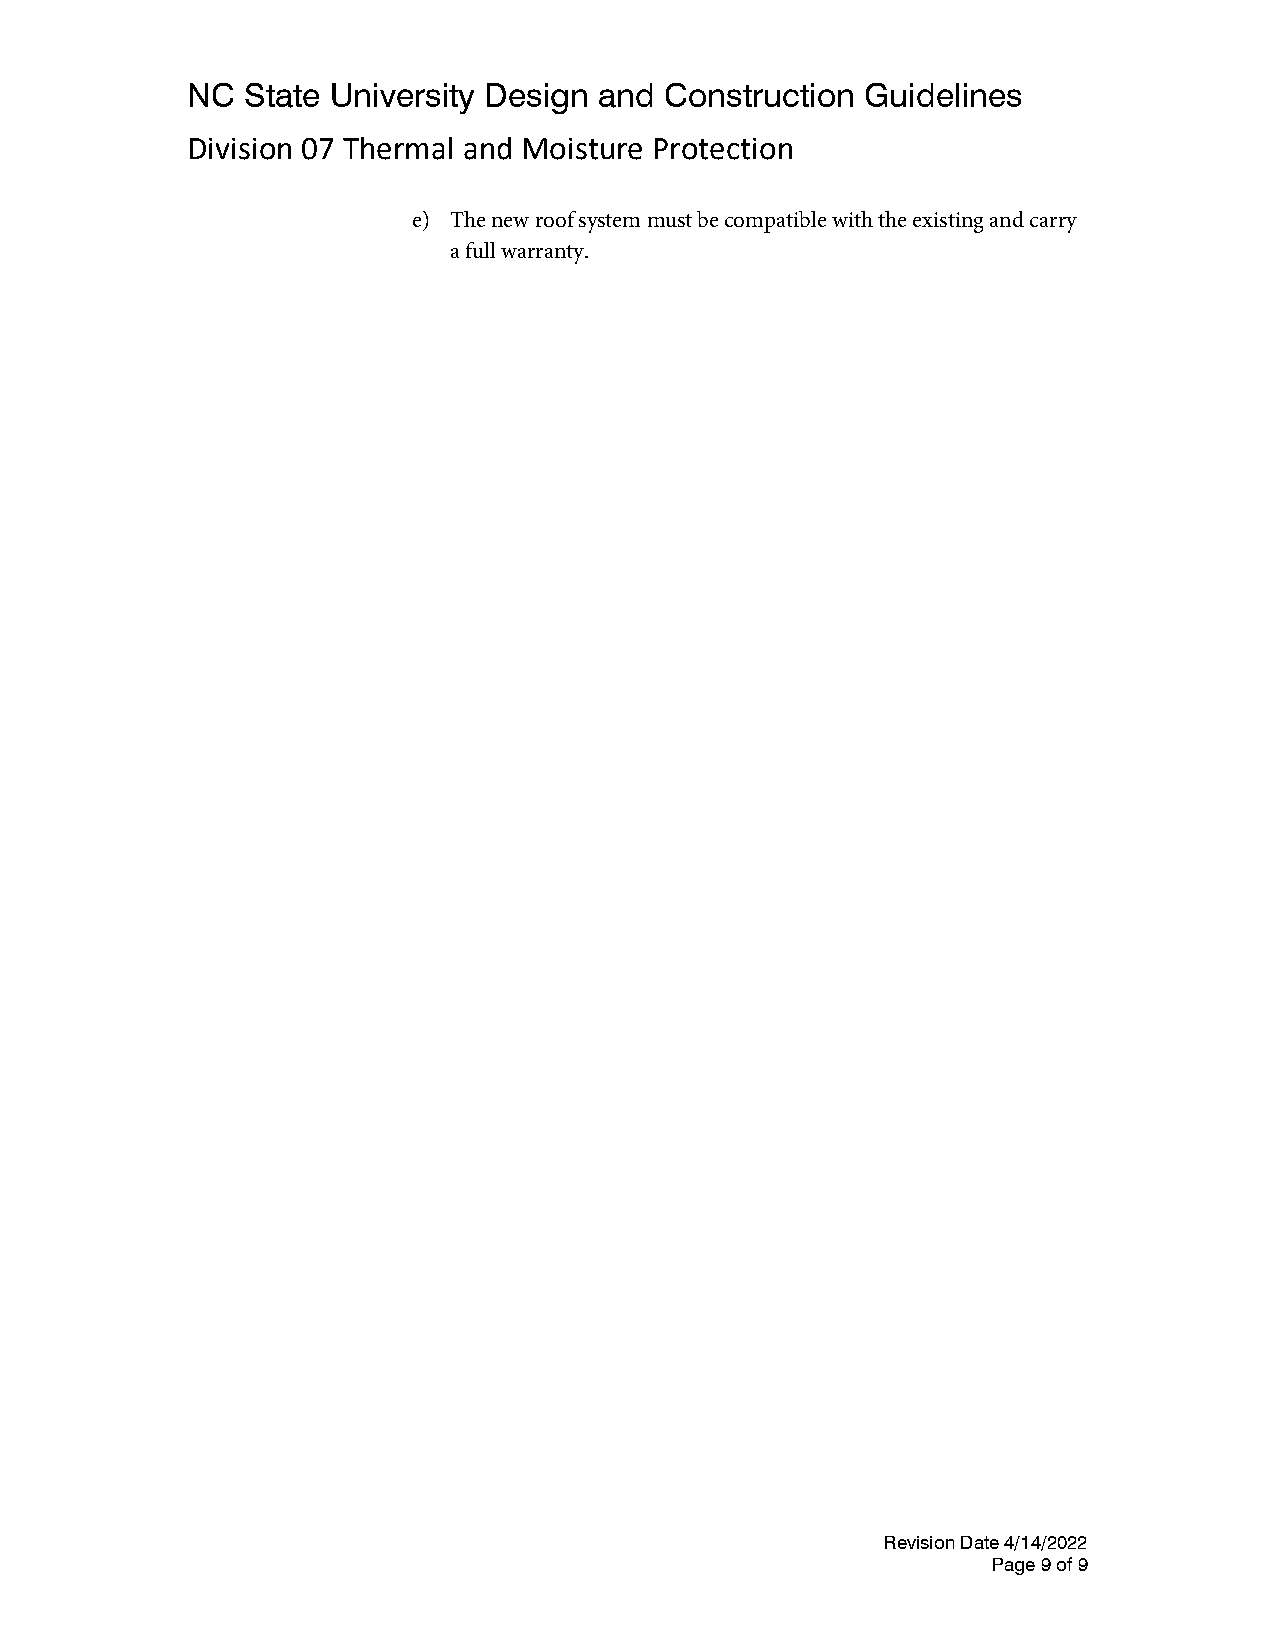
NC  State University Design and Construction Guidelines
 Division 07 Thermal and Moisture Protection
 e) The new roof system must be compatible with the existing and carry
 a full warranty.
 Revision Date 4/14/2022
 Page 9 of 9